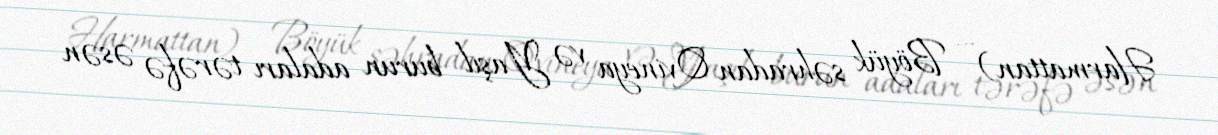
Harmattan) — Böyük səhradan Qvineya və Yaşıl burun adaları tərəfə əsən